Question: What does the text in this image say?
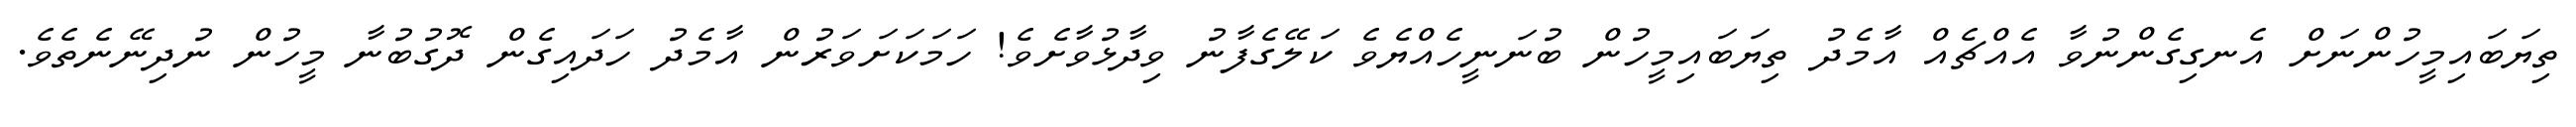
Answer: ތިޔަބައިމީހުންނަށް އެނގިގެންނުވާ އެއްޗެއް އާމެދު ތިޔަބައިމީހުން ބުނަނީހެއްޔެވެ ކަލޭގެފާނު ވިދާޅުވާށެވެ! ހަމަކަށަވަރުން އާމެދު ހަދައިގެން ދޮގުބުނާ މީހުން ނުދިނޭނެތެވެ.